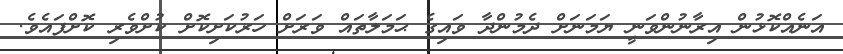
އަނެއްކޮޅުން އިރާނުންވަނީ ޔަމަނަށް ދެމުންދާ ވައިގެ ޙަމަލާތައް ވަރަށް ހަރުކަށިކޮށް ކުށްވެރި ކޮށްފައެވެ.